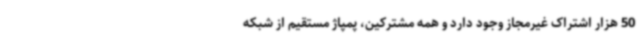
50 هزار اشتراک غیرمجاز وجود دارد و همه مشترکین، پمپاژ مستقیم از شبکه